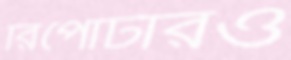
রিপোর্টারও